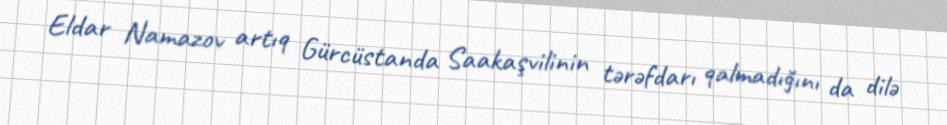
Eldar Namazov artıq Gürcüstanda Saakaşvilinin tərəfdarı qalmadığını da dilə